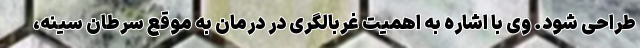
طراحی شود. وی با اشاره به اهمیت غربالگری در درمان به موقع سرطان سینه،